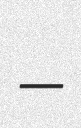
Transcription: –